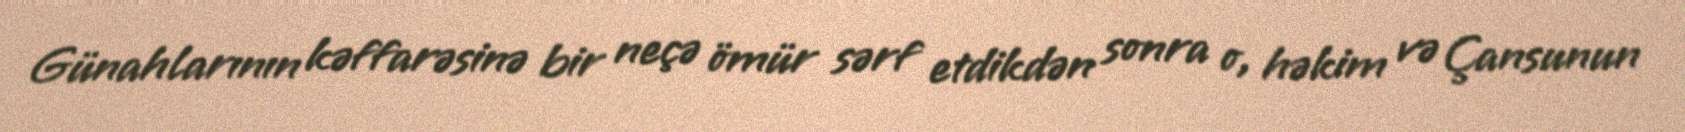
Günahlarının kəffarəsinə bir neçə ömür sərf etdikdən sonra o, həkim və Çansunun